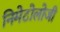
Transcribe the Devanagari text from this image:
निमेटोलोजी